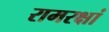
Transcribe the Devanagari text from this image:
रामरक्षां